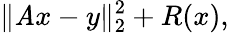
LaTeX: \| \mathit{A}x-y\| _{2}^{2}+R(x),